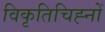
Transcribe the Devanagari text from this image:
विकृतिचिह्नों